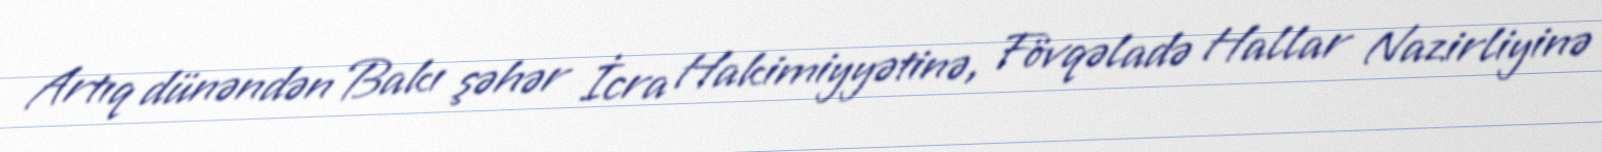
Artıq dünəndən Bakı şəhər İcra Hakimiyyətinə, Fövqəladə Hallar Nazirliyinə